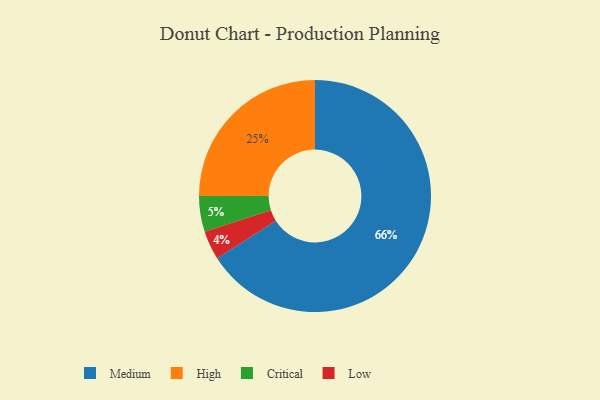
{"axis": {"x": "Category", "y": "Percentage"}, "legend": ["Critical", "High", "Low", "Medium"], "data": [{"x": "Low", "y": 4, "type": "Low"}, {"x": "Medium", "y": 66, "type": "Medium"}, {"x": "High", "y": 25, "type": "High"}, {"x": "Critical", "y": 5, "type": "Critical"}]}